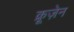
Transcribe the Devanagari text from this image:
क्रूज़ेन